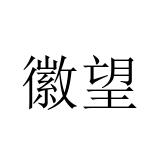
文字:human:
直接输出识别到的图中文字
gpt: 徽望